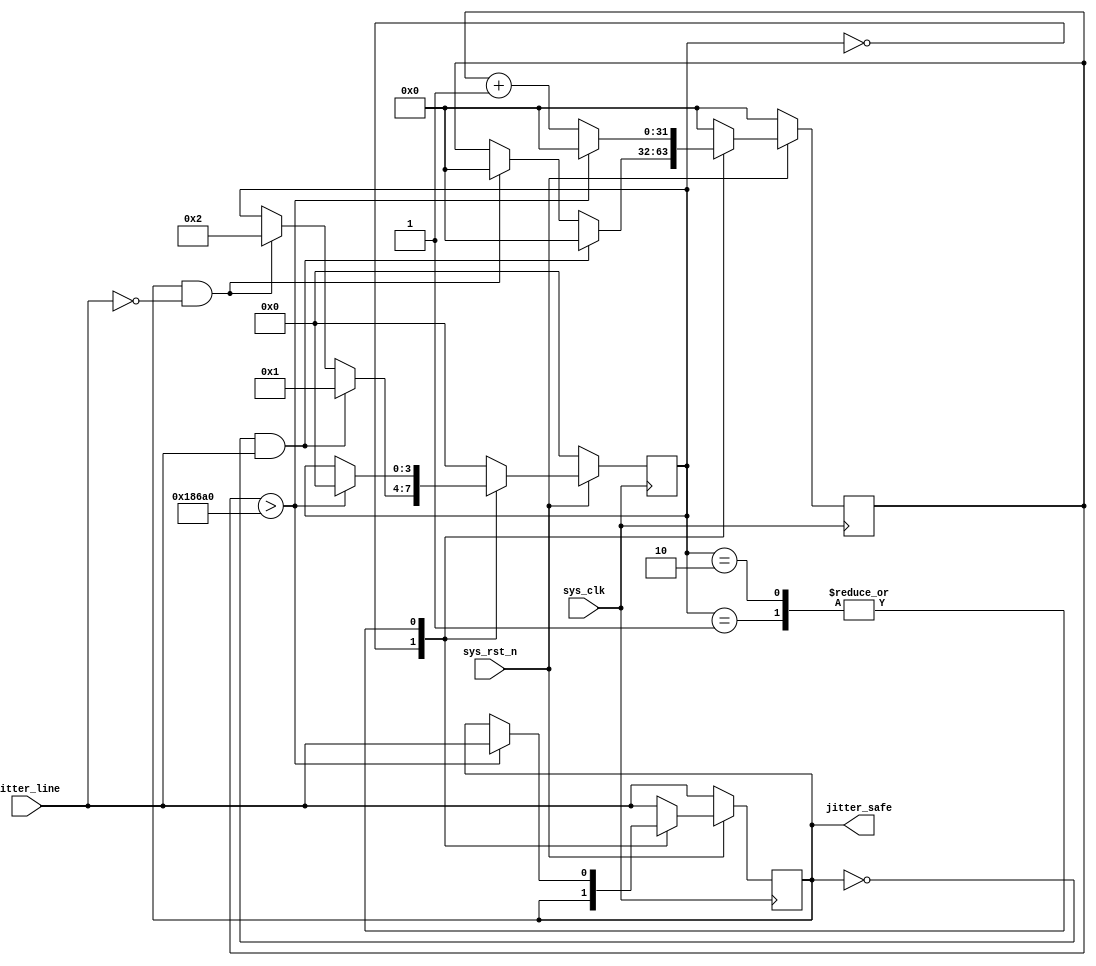
module jitter_killer(
	input	wire	sys_clk, sys_rst_n,
	input	wire	jitter_line,
	output	reg		jitter_safe
	);
`define		JITTER_DELAY 	100000
/////////////////////////////////
reg		[31:0]		jitter_cnt;
// 
reg		[3:0]	cstate;
always @(posedge sys_clk)
	if(!sys_rst_n)
	begin
		cstate <= 0;
		jitter_cnt <= 0;
		jitter_safe <= jitter_line;
	end
	else 
	begin
		case(cstate)
			0: begin
				// 
				if(jitter_safe==0 && jitter_line==1)
				begin
					cstate <= 1;
					jitter_cnt <= 0;
				end
				// 
				else if(jitter_safe==1 && jitter_line==0)
				begin
					cstate <= 2;
					jitter_cnt <= 0;
				end
			end
			// 
			1: begin
				if(jitter_cnt>`JITTER_DELAY)
				begin
					cstate <= 0;
					jitter_cnt <= 0;
					jitter_safe <= jitter_line;
				end
				else
					jitter_cnt <= jitter_cnt + 1;				
			end
			// 
			2: begin
				if(jitter_cnt>`JITTER_DELAY)
				begin
					cstate <= 0;
					jitter_cnt <= 0;
					jitter_safe <= jitter_line;
				end
				else
					jitter_cnt <= jitter_cnt + 1;				
			end
			// 
			default: begin
				cstate <= 0;
				jitter_cnt <= 0;
				jitter_safe <= jitter_line;
			end
		endcase
	end
///////////////////////////////////
endmodule